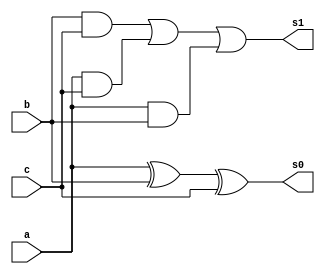
// ------------------------- 
// Exemplo0021 - FULL ADDER
// Nome: Oswaldo Oliveira Paulino
// ------------------------- 

// -------------------------
//  full adder
// -------------------------
module fullAdder (output s1, output s0, input  a, input  b, input c);
	wire xorAB, and1, and2, and3;
	
	xor XOR1 (xorAB, a, b);
	and AND1 (and1, b, c);
	and AND2 (and2, a, c);
	and AND3 (and3, a, b);
	xor XOR2 (s0, xorAB, c);
	or  OR1  (s1, and1, and2, and3);
endmodule // fullAdder

module test_fullAdder;
// ------------------------- definir dados
   reg [2:0]x;
	reg [2:0]y;
	reg c;
	wire [2:0]soma;
	wire cout1, cout2, overflow;
	
	fullAdder modulo1 (cout1, soma[0], x[0], y[0], c);
	fullAdder modulo2 (cout2, soma[1], x[1], y[1], cout1);
	fullAdder modulo3 (overflow, soma[2], x[2], y[2], cout2);
	
	initial begin: start
		x = 3'b000; 
		y = 3'b000;
		c = 0;
	end
	
// ------------------------- parte principal
   initial begin
      $display("Exemplo0021 - Oswaldo Oliveira Paulino - 382175");
      $display("Test ALU's full adder");
      $monitor("%3b + %3b + %b = %b  %3b",x,y,c,overflow,soma); 
		#1 x = 3'b001; y = 3'b001; c = 0;  
		#1 x = 3'b010; y = 3'b010; c = 0;
		#1 x = 3'b011; y = 3'b011; c = 0;
		#1 x = 3'b100; y = 3'b100; c = 0;
		#1 x = 3'b101; y = 3'b101; c = 0;
		#1 x = 3'b110; y = 3'b110; c = 0;
		#1 x = 3'b111; y = 3'b111; c = 0;
		#1 x = 3'b111; y = 3'b111; c = 1;
   end
endmodule // test_fullAdder

/*
    Exemplo0021 - Oswaldo Oliveira Paulino - 382175
    Test ALU's full adder
    000 + 000 + 0 = 0  000
    001 + 001 + 0 = 0  010
    010 + 010 + 0 = 0  100
    011 + 011 + 0 = 0  110
    100 + 100 + 0 = 1  000
    101 + 101 + 0 = 1  010
    110 + 110 + 0 = 1  100
    111 + 111 + 0 = 1  110
    111 + 111 + 1 = 1  111
*/